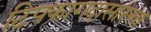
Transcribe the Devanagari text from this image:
टिपकागदासारखा